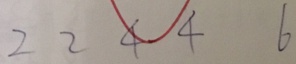
2 2 4 4 6